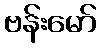
ဗန်းမော်